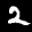
Label: 2